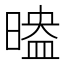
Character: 𣉗